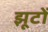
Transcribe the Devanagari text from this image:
झूटों